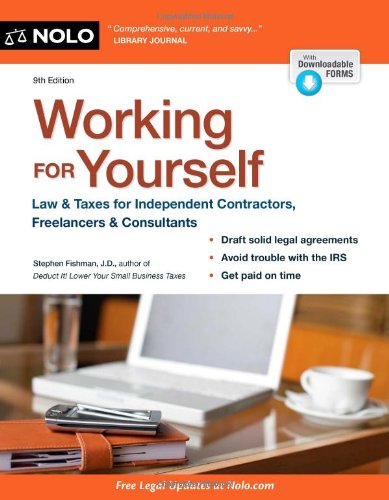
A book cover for Working for Yourself: Law & Taxes for Independent Contractors, Freelancers & Consultants; Stephen Fishman; Law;